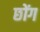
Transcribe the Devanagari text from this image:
छोंग